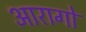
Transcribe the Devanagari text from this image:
आरागो